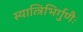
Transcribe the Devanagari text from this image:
स्यात्त्रिभिर्गुणैः